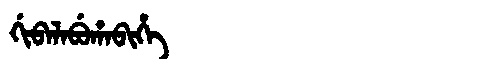
Manchu: ᡤᡳᠪᠠᠯᠠᠪᡠᡥᠠᠪᡳᡥᡝ
Romanization: GIBALABUHABIHE